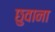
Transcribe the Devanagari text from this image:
छुवाना